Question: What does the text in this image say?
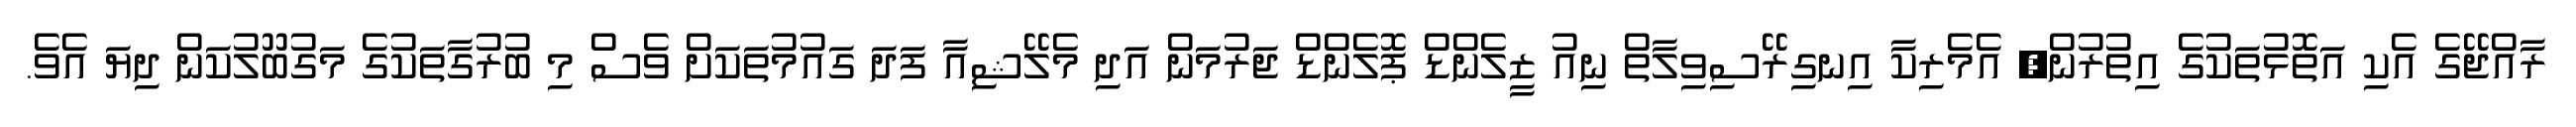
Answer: ރާއްޖޭގެ އެކި އަތޮޅުތަކުގެ އިތުރުން, އެމެރިކާ އިނގިރޭސިވިލާތް ނިއު ޒީލެންޑް ޕޮލެންޑް ޖަރުމަން އަދި މެލޭޝިއާ ފަދަ ގައުމުތަކަށް ވެސް މި ބުރުގާތަކުގެ މަގުބޫލުކަން ދިޔަ އެވެ.